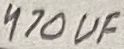
Text: 470uF